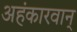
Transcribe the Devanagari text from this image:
अहंकारवान्